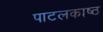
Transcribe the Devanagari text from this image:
पाटलकाष्ठ